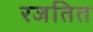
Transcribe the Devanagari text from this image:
रजतित